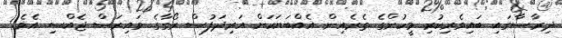
ދިރާސާގައި ބައިވެރިކުރި މީހުންގެ ތެރެއިން އެއްބަޔަކަށް އަރިދަފުސް ރޯގާގެ ވައިރަސް ޖެއްސި އެވެ.